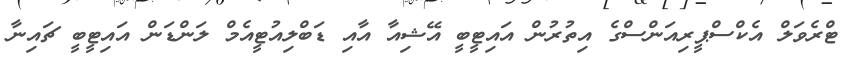
ޓްރެވަލް އެކްސްޕީރިއަންސްގެ އިތުރުން އައިޓީބީ އޭޝިއާ އާއި ޑަބްލިއުޓީއެމް ލަންޑަން އައިޓީބީ ޗައިނާ